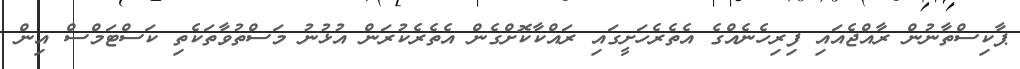
ޕާކިސްތާނުން ރާއްޖެއައި ފިރިހެނެއްގެ އެތެރެހަށީގައި ރައްކާކޮށްގެން އެތެރެކުރަން އުޅުނު މަސްތުވާތަކެތި ކަސްޓަމްސް އިން